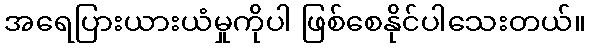
အရေပြားယားယံမှုကိုပါ ဖြစ်စေနိုင်ပါသေးတယ်။